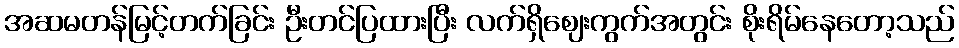
အဆမတန်မြင့်တက်ခြင်း ဦးတင်ပြထားပြီး လက်ရှိဈေးကွက်အတွင်း စိုးရိမ်နေတော့သည်